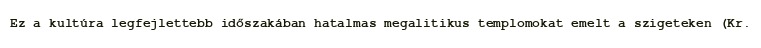
Ez a kultúra legfejlettebb időszakában hatalmas megalitikus templomokat emelt a szigeteken (Kr.